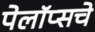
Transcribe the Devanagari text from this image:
पेलॉप्सचे